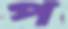
প